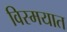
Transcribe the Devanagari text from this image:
विस्मयात